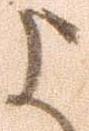
よ